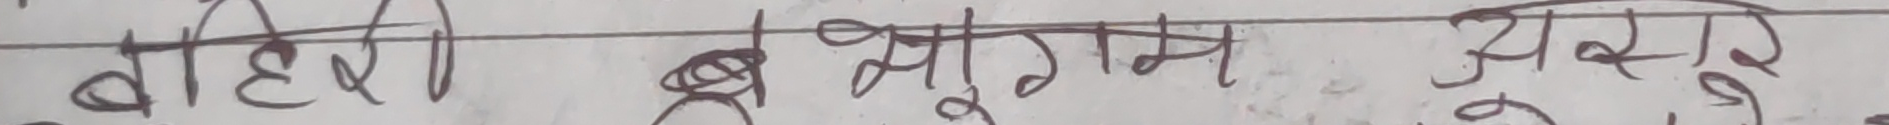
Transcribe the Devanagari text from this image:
बाहिरो बहु सुगम उसकै सुस्त